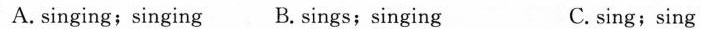
A.singing;singing B. sings;singing C. sing;sing